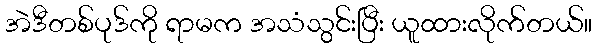
အဲဒီတစ်ပုဒ်ကို ရာမက အသံသွင်းပြီး ယူထားလိုက်တယ်။